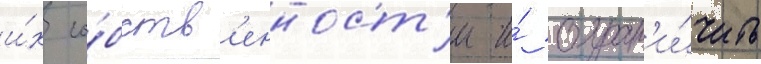
и́х со́бств'енност'и и́ огран'и́чить